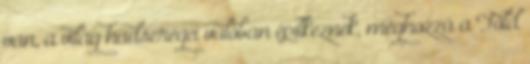
van, a világ hadseregei valóban építkeznek, méghozzá a Föld